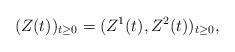
LaTeX: \begin{align*} (Z(t))_{t\geq 0}=(Z^1(t),Z^2(t))_{t\geq 0}, \end{align*}